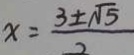
x = \frac { 3 \pm \sqrt { 5 } } { 2 }